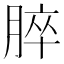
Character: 脺